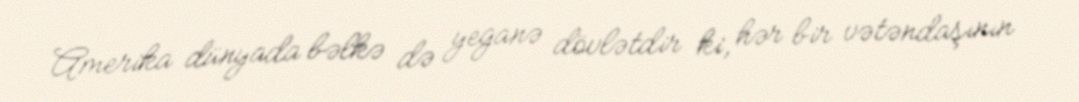
Amerika dünyada bəlkə də yeganə dövlətdir ki, hər bir vətəndaşının